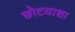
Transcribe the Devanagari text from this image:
छोटयाशा